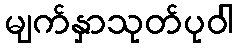
မျက်နှာသုတ်ပုဝါ